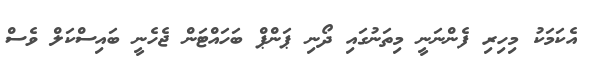
އެކަމަކު މިހިރި ފެންނަނީ މިތަނުގައި ދޯނި ޕަންޕް ބަހައްޓަން ޖެހެނީ ބައިސްކަލް ވެސް